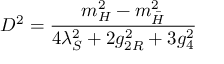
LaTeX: D ^ { 2 } = { \frac { m _ { H } ^ { 2 } - m _ { \bar { H } } ^ { 2 } } { 4 \lambda _ { S } ^ { 2 } + 2 g _ { 2 R } ^ { 2 } + 3 g _ { 4 } ^ { 2 } } }